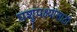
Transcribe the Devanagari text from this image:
पशुपक्ष्यांसाठी